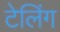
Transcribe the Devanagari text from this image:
टेलिंग